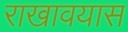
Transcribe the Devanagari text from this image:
राखावयास